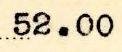
52.00